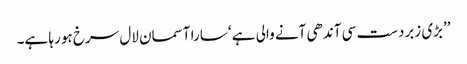
’’بڑی زبردست سی آندھی آنے والی ہے ‘ سارا آسمان لال سرخ ہو رہا ہے۔